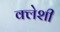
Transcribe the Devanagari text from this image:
क्लेशी